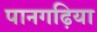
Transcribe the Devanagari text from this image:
पानगढ़िया